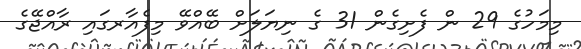
މިމަހުގެ 29 ން ފެށިގެން 31 ގެ ނިޔަލަށް ބޭއްވޭ މިފެއާރގައި ރާއްޖޭގެ